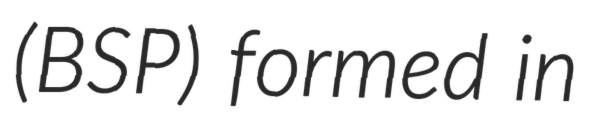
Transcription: (BSP) formed in